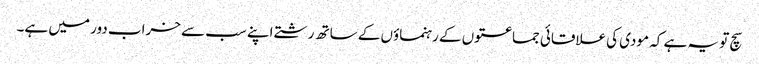
سچ تو یہ ہے کہ مودی کی علاقائی جماعتوں کے رہنماؤں کے ساتھ رشتے اپنے سب سے خراب دور میں ہے۔